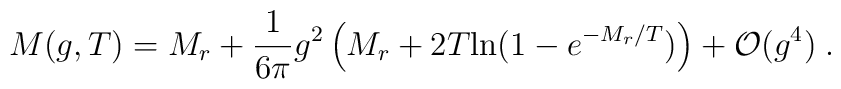
M(g,T) =M_r+\frac{1}{6\pi}g^2\left(M_r + 2T{\rm ln}(1 - e^{-M_r/T})\right) + {\cal O}(g^4)\;.